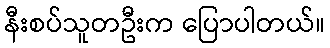
နီးစပ်သူတဦးက ပြောပါတယ်။